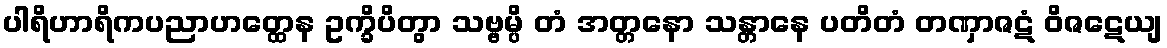
ပါရိဟာရိကပညာဟတ္ထေန ဥက္ခိပိတွာ သဗ္ဗမ္ပိ တံ အတ္တနော သန္တာနေ ပတိတံ တဏှာဇဋံ ဝိဇဋေယျ